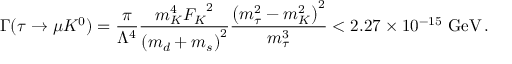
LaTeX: \Gamma ( \tau \rightarrow \mu K ^ { 0 } ) = \frac { \pi } { \Lambda ^ { 4 } } \frac { m _ { K } ^ { 4 } { F _ { K } } ^ { 2 } } { { \left( m _ { d } + m _ { s } \right) } ^ { 2 } } \frac { { \left( m _ { \tau } ^ { 2 } - m _ { K } ^ { 2 } \right) } ^ { 2 } } { m _ { \tau } ^ { 3 } } < 2 . 2 7 \times 1 0 ^ { - 1 5 } ~ \mathrm { G e V } \, .